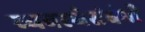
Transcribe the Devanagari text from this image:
व्यवस्थेसंबंधी